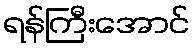
ရန်ကြီးအောင်